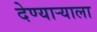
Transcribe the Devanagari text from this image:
देण्यार्‍याला